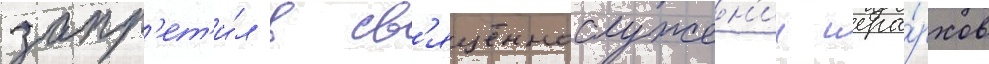
запр'ет'и́л в св'ященнослужен'ии иера́рхов